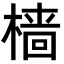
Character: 樯